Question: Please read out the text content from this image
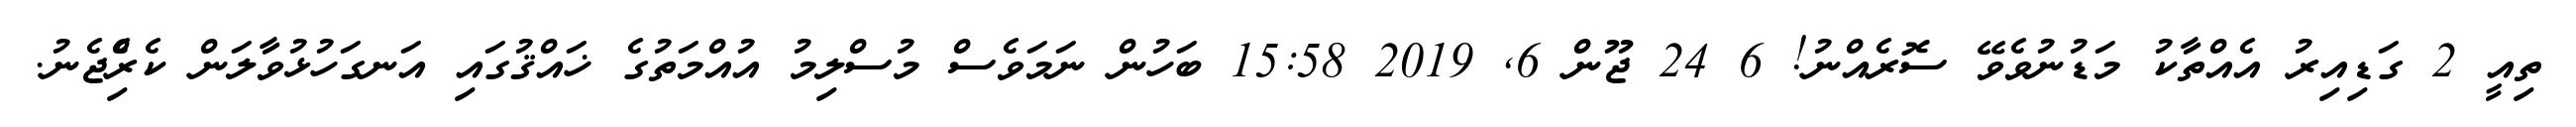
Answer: ތިއީ 2 ގަޑިއިރު އެއްތާކު މަޑުނުވެވޭ ސޮރެއްނު! 6 24 ޖޫން 6, 2019 15:58 ބަހުން ނަމަވެސް މުސްލިމު އުއްމަތުގެ ޚައްޤުގައި އަނގަހުޅުވާލަން ކެރިެްޖެނު.